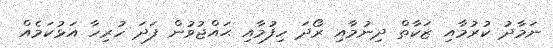
ނަމާދު ކުރުމާއި ޒަކާތް ދިނުމާއި ރޯދަ ހިފުމާއި ޙައްޖުވުން ފަދަ ހުރިހާ އަޅުކަމެއް